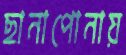
ছানাপোনায়